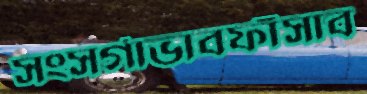
সংসর্গাভাবফাঁসাব